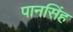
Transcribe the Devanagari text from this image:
पानसिंह